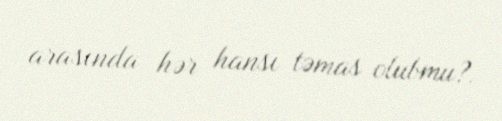
arasında hər hansı təmas olubmu?.